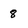
Character: 8